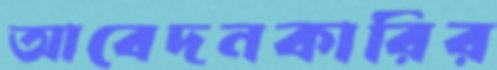
আবেদনকারির